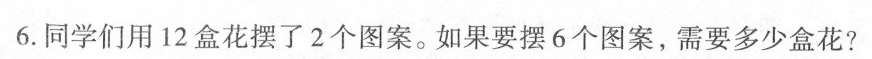
6.同学们用12盒花摆了2个图案。如果要摆6个图案，需要多少盒花?